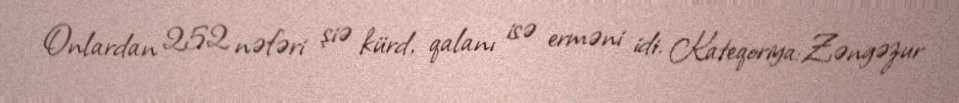
Onlardan 252 nəfəri şiə kürd, qalanı isə erməni idi. Kateqoriya:Zəngəzur